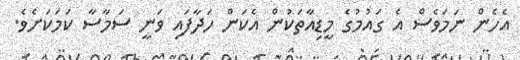
އެހެން ނަމަވެސް އެ ގައުމުގެ މީޑިއާތަކުން އެކަން ހަދާފައި ވަނީ ސަމާސާ ކަމަކަށެވެ.